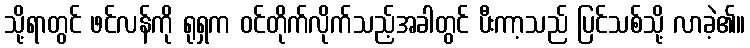
သို့ရာတွင် ဖင်လန်ကို ရုရှက ဝင်တိုက်လိုက်သည့်အခါတွင် ပီးကာ့သည် ပြင်သစ်သို့ လာခဲ့၏။